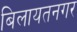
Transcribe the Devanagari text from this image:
बिलायतनगर